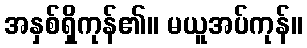
အနှစ်ရှိကုန်၏။ မယူအပ်ကုန်။